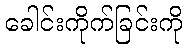
ခေါင်းကိုက်ခြင်းကို